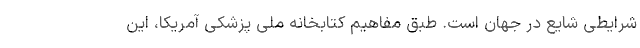
شرایطی شایع در جهان است. طبق مفاهیم کتابخانه ملی پزشکی آمریکا، این